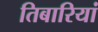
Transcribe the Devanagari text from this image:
तिबारियां